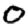
Digit: 0